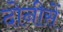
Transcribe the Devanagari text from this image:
दोनीसें